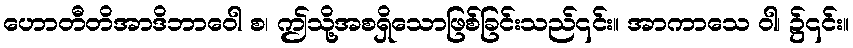
ဟောတီတိအာဒိဘာဝေါ စ၊ ဤသို့အစရှိသောဖြစ်ခြင်းသည်၎င်း။ အာကာသေ ဝါ၊ ၌၎င်း။